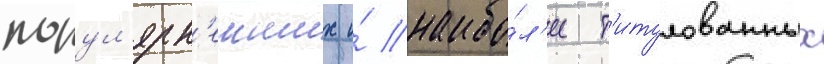
попул'ярн'еиших и́ наибо́л'ее т'итулованных